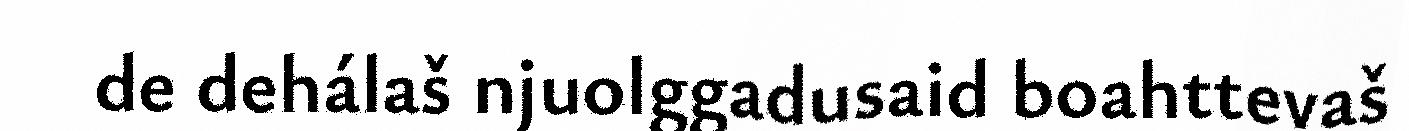
de dehálaš njuolggadusaid boahttevaš